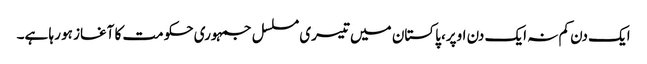
ایک دن کم نہ ایک دن اوپر، پاکستان میں تیسری مسلسل جمہوری حکومت کا آغاز ہو رہا ہے۔